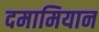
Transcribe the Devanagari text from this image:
दमामियान